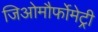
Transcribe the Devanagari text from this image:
जिओमौर्फोमेट्री